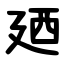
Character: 廼